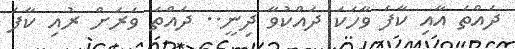
ދައްތަ އާއި ކާފަ ވާހަކަ ދައްކުވާ ދިނީ.. ދައްތަ ވަރަށް ރުއި ކާފަ